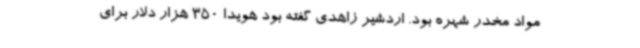
مواد مخدر شهره بود. اردشیر زاهدی گفته بود هویدا 350‌ هزار دلار برای